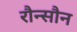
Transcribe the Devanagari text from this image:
रौन्सौन